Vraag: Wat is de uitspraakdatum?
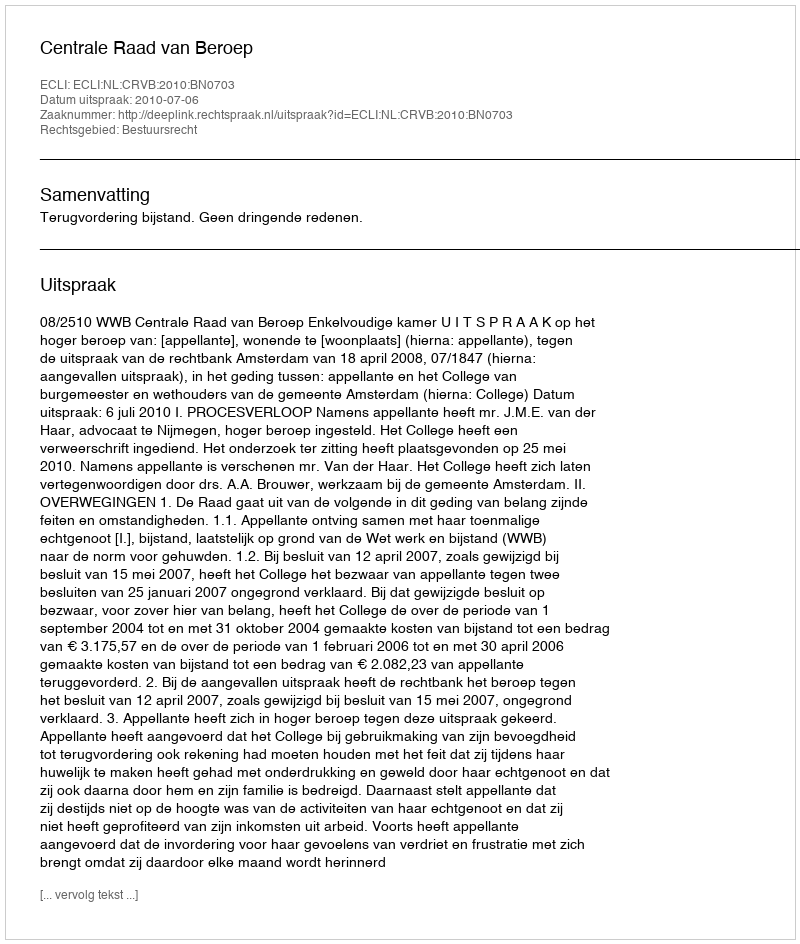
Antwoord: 2010-07-06